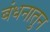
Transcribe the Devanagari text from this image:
बंधनातुन